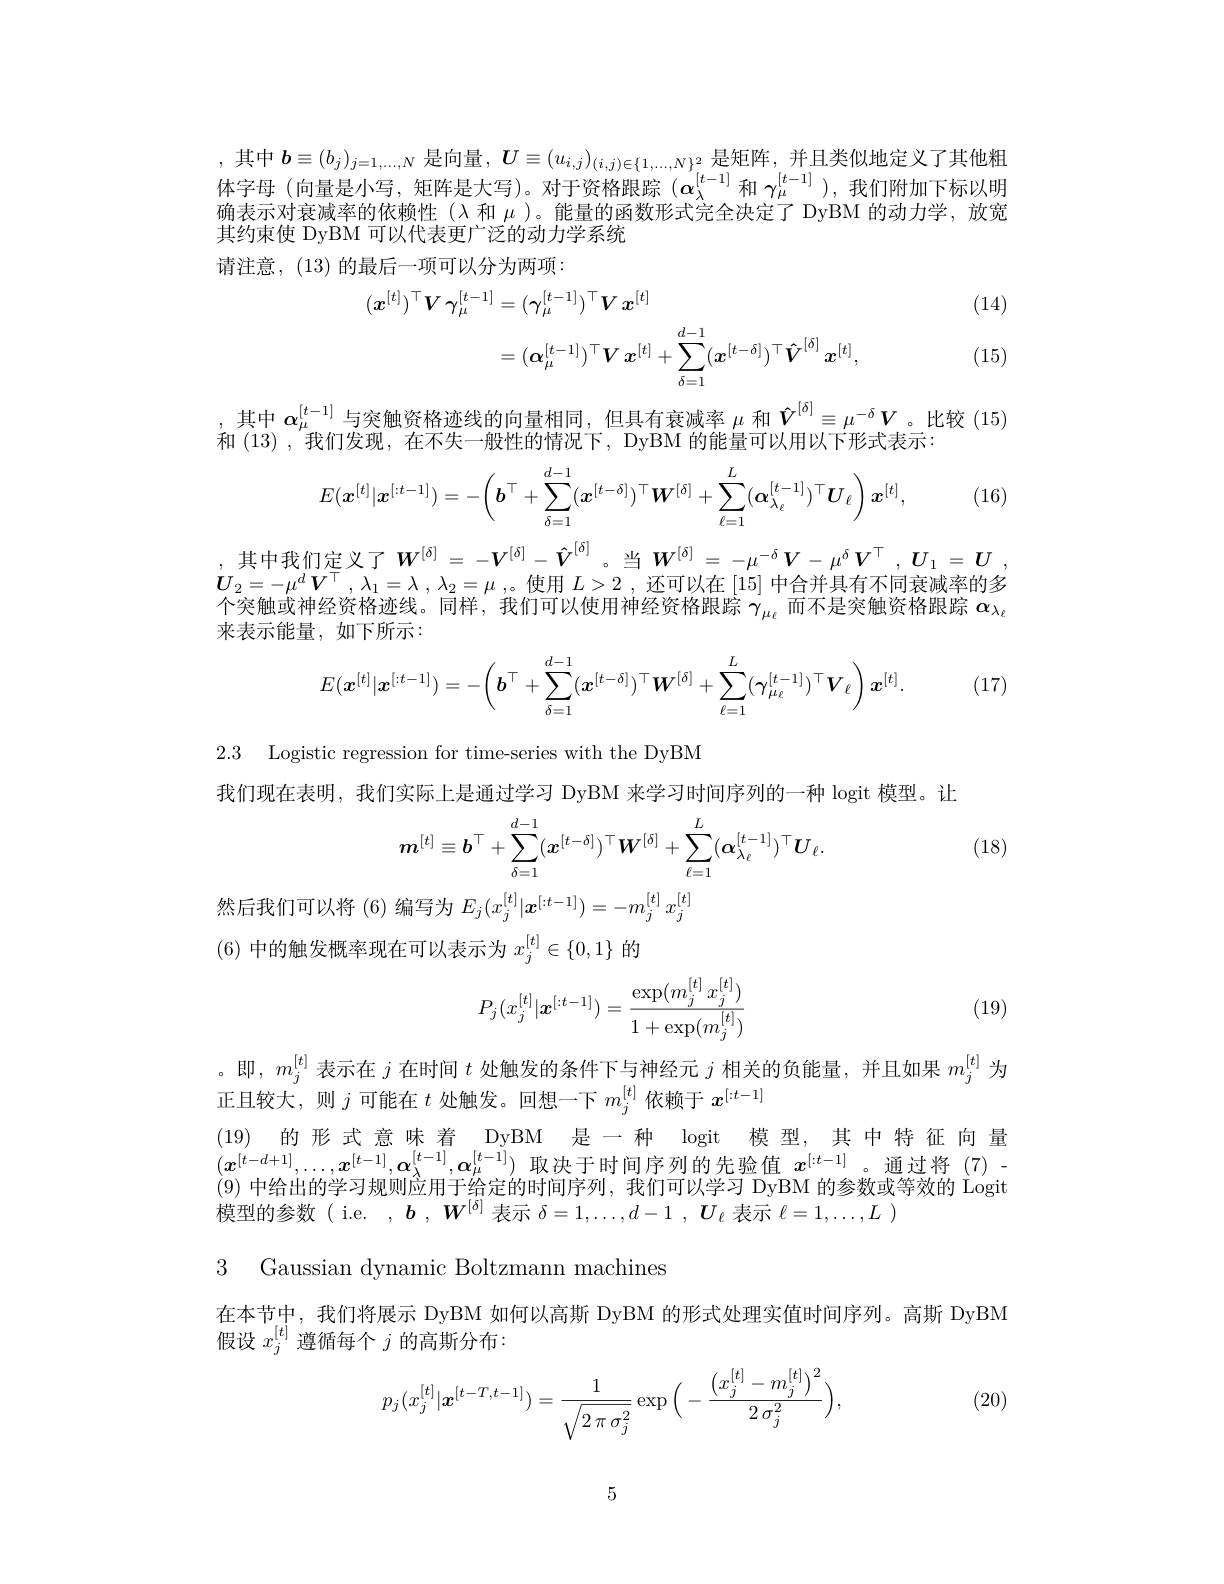
, 其 中 $\boldsymbol{b}\equiv ( b_{j}) _{j= 1, . . . , N}$ 是 向 量 , $U\equiv ( u_{i, j}) _{( i, j) \in \{ 1, . . . , N\} ^{2}}$ 是 矩 阵 , 并 且 类 似 地 定 义 了 其 他 粗 体 字 母 (向 量 是 小 写 , 矩 阵 是 大 写 ) 。对 于 资 格 跟 踪 $( \boldsymbol{\alpha }_{\lambda }^{[ t- 1] }$ 和 $\gamma _{\mu }^{[ t- 1] }) $, 我 们 附 加 下 标 以 明 确 表 示 对 衰 减 率 的 依 赖 性 $( \lambda$ 和 $\mu )$。能 量 的 函 数 形 式 完 全 决 定 了 DyBM 的 动 力 学 , 放 宽确表示对衰减率的依赖性$(\lambda$和$\mu)$。能量的函数形式完全决定了 DyBM 的动力学，放宽其约束使 DyBM 可以代表更广泛的动力学系统
请注意，(13)的最后一项可以分为两项：
$$\begin{aligned}(\boldsymbol{x}^{[t]})^{\top}\boldsymbol{V}\:\gamma_{\mu}^{[t-1]}&=(\gamma_{\mu}^{[t-1]})^{\top}\boldsymbol{V}\:\boldsymbol{x}^{[t]}\\&=(\boldsymbol{\alpha}_{\mu}^{[t-1]})^{\top}\boldsymbol{V}\:\boldsymbol{x}^{[t]}+\sum_{\delta=1}^{d-1}(\boldsymbol{x}^{[t-\delta]})^{\top}\boldsymbol{\hat{V}}^{[\delta]}\:\boldsymbol{x}^{[t]},\end{aligned}$$
(14)

(15)

$\begin{array}{c}{,\text{其中 }\boldsymbol{\alpha}_{\mu}^{[t-1]}\text{与突触资格迹线的向量相同，但具有衰减率 }\mu\text{ 和 }\hat{V}^{[\delta]}\equiv\mu^{-\delta}\boldsymbol{V}\text{。比较(15}\\{\text{和 }(13),我们发现，在不失一般性的情况下，~DyBM~的能量可以用以下形式表示：}\end{array}}\\$

(16)
$$E(\boldsymbol{x}^{[t]}|\boldsymbol{x}^{[:t-1]})=-\left(\boldsymbol{b}^\top+\sum_{\delta=1}^{d-1}(\boldsymbol{x}^{[t-\delta]})^\top\boldsymbol{W}^{[\delta]}+\sum_{\ell=1}^L(\boldsymbol{\alpha}_{\lambda_\ell}^{[t-1]})^\top\boldsymbol{U}_\ell\right)\boldsymbol{x}^{[t]},$$
$\begin{array}{c},&\text{其中我们定义了 }\boldsymbol{W}^{[\delta]}=-\boldsymbol{V}^{[\delta]}-\hat{V}^{[\delta]}\text{。当 }\boldsymbol{W}^{[\delta]}=-\mu^{-\delta}\boldsymbol{V}-\mu^{\delta}\boldsymbol{V}^{\top},\boldsymbol{U}_{1}=\boldsymbol{U},\\\boldsymbol{U}_{2}=-\mu^{d}\boldsymbol{V}^{\top},\lambda_{1}=\lambda,\lambda_{2}=\mu\mathrm{~,~}\text{。使用 }L>2\mathrm{~,~还可以在~[15]~中合并具有不同衰减率的多}\\\text{个突触或神经资格迹线。同样，我们可以使用神经资格跟踪 }\gamma_{\mu\varepsilon}\text{ 而不是突触资格跟踪 }\alpha_{\lambda_{\ell}}\end{array}$

来表示能量，如下所示：

1. (17)
$$E(\boldsymbol{x}^{[t]}|\boldsymbol{x}^{[:t-1]})=-\left(\boldsymbol{b}^\top+\sum_{\delta=1}^{d-1}(\boldsymbol{x}^{[t-\delta]})^\top\boldsymbol{W}^{[\delta]}+\sum_{\ell=1}^L(\boldsymbol{\gamma}_{\mu_\ell}^{[t-1]})^\top\boldsymbol{V}_\ell\right)\boldsymbol{x}^{[t]}.$$
2.3 Logistic regression for time-series with the DyBM

我们现在表明，我们实际上是通过学习 DyBM 来学习时间序列的一种 logit 模型。让

(18)
$$m^{[t]}\equiv\boldsymbol{b}^\top+\sum_{\delta=1}^{d-1}(\boldsymbol{x}^{[t-\delta]})^\top\boldsymbol{W}^{[\delta]}+\sum_{\ell=1}^L(\boldsymbol{\alpha}_{\lambda_\ell}^{[t-1]})^\top\boldsymbol{U}_\ell.$$
然后我们可以将(6)编写为$E_j(x_j^{[t]}|\boldsymbol{x}^{[:t-1]})=-m_j^{[t]}x_j^{[t]}$
(6)中的触发概率现在可以表示为$x_j^[t]\in\{0,1\}$的
$$P_j(x_j^{[t]}|\boldsymbol{x}^{[:t-1]})=\frac{\exp(m_j^{[t]}\:x_j^{[t]})}{1+\exp(m_j^{[t]})}$$
(19)

。即，$m_j^{[t]}$表示在$j$在时间$t$处触发的条件下与神经元$j$相关的负能量，并且如果$m_j^{[t]}$为
正且较大，则$j$可能在$t$处触发。回想一下$m_j^{[t]}$依赖于$x^{[:t-1]}$

(19) 的形式意味着 DyBM 是一种 logit 模型，其中特征向量$( x^{[ t- d+ 1] }, \ldots , x^{[ t- 1] }, \boldsymbol{\alpha }_{\lambda }^{[ t- 1] }, \boldsymbol{\alpha }_{\mu }^{[ t- 1] })$ 取 决 于 时 间 序 列 的 先 验 值 $x^{[ : t- 1] }$。通 过 将 (7)- (9) 中 给 出 的 学 习 规 则 应 用 干 给 定 的 时 间 序 列 , 我 们 可 以 学 习 DvBM 的 参 数 或 等 效 的 Logit

模型的参数( i.e. , $b,W^{[\delta]}$表示$\delta=1,\ldots,d-1,\boldsymbol{U}_\ell$表示$\ell=1,\ldots,L$ )

3 Gaussian dynamic Boltzmann machines

在本节中，我们将展示 DyBM 如何以高斯 DyBM 的形式处理实值时间序列。高斯 DyBM
假设$x_j^{[t]}$遵循每个$j$的高斯分布：

(20)
$$p_j(x_j^{[t]}|\boldsymbol{x}^{[t-T,t-1]})=\frac{1}{\sqrt{2\:\pi\:\sigma_j^2}}\exp\Big(-\frac{\big(x_j^{[t]}-m_j^{[t]}\big)^2}{2\:\sigma_j^2}\Big),$$
5